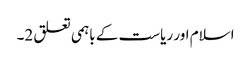
اسلام اور ریاست کے باہمی تعلق 2۔